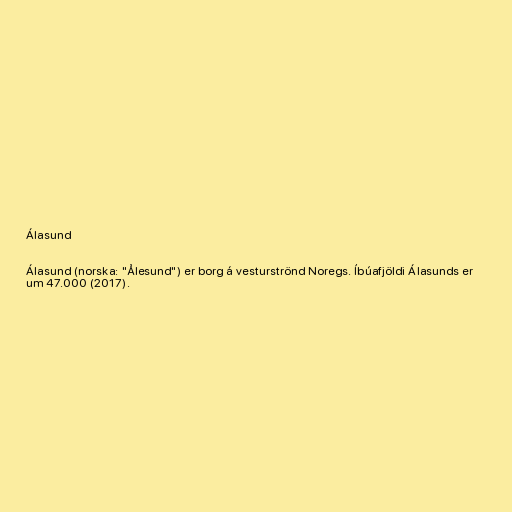
Álasund

Álasund (norska: "Ålesund") er borg á vesturströnd Noregs. Íbúafjöldi Álasunds er
um 47.000 (2017).